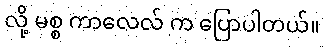
လို့ မစ္စ ကာလေလ် က ပြောပါတယ်။